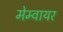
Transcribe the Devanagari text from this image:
मेम्वायर